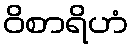
ဝိစာရိဟံ